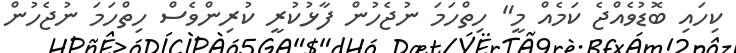
ކިހައި ބޮޑުވެއްޖެ ކަމެއް މީ" ހިތްހަމަ ނުޖެހުން ފާޅުކުރީ ކުރިންވެސް ހިތްހަމަ ނުޖެހުން